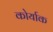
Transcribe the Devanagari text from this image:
कोर्याक